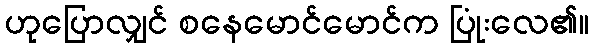
ဟုပြောလျှင် စနေမောင်မောင်က ပြုံးလေ၏။